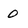
Character: 0